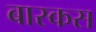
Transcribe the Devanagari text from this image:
बास्कस